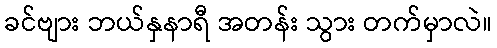
ခင်ဗျား ဘယ်နှနာရီ အတန်း သွား တက်မှာလဲ။